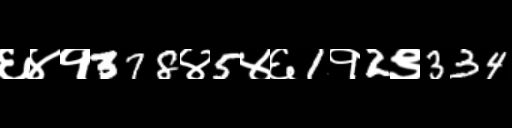
Text: ६४१378४5४६1१2९334